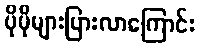
ပိုမိုများပြားလာကြောင်း